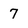
Character: 7